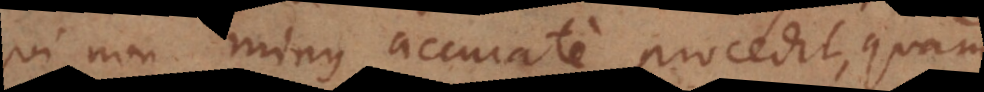
qui non minus accurate procedit, quam